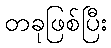
တခုဖြစ်ပြီး